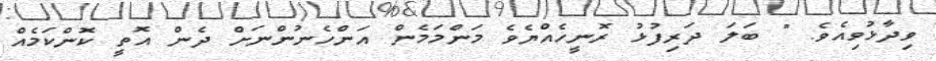
ވިދާޅުވިއެވެ. " ބަލަ ދަރިފުޅު ރޮނީހެއްޔެވެ މަންމަމެން އަންހެނުންނަށް ދެން އޮތީ ކޮންކަމެއް